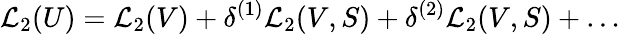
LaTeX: {\cal L}_{2}(U)={\cal L}_{2}(V)+\delta^{(1)}{\cal L}_{2}(V,S)+\delta^{(2)}{\cal L}_{2}(V,S)+\dots